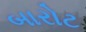
બારોટ